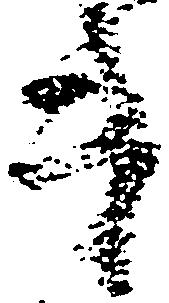
第